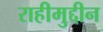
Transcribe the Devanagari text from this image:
राहीमुद्दीन